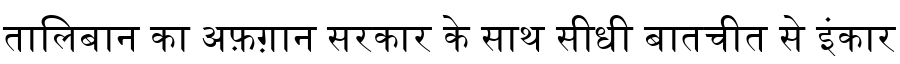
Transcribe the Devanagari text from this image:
तालिबान का अफ़ग़ान सरकार के साथ सीधी बातचीत से इंकार